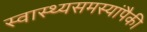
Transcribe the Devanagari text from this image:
स्वास्थ्यसमस्यांपैकी